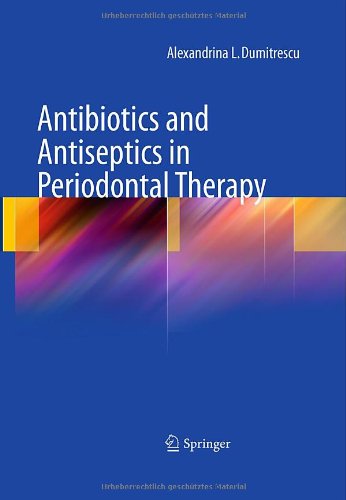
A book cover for Antibiotics and Antiseptics in Periodontal Therapy; Alexandrina L Dumitrescu; Medical Books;